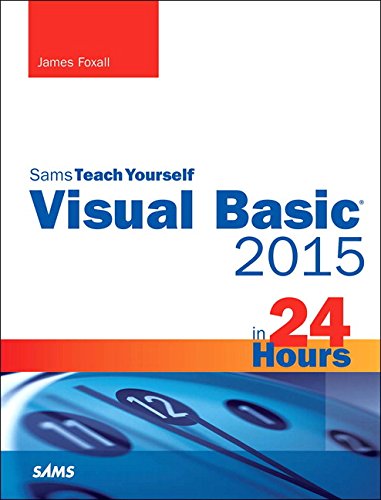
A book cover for Visual Basic 2015 in 24 Hours, Sams Teach Yourself; James Foxall; Computers & Technology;